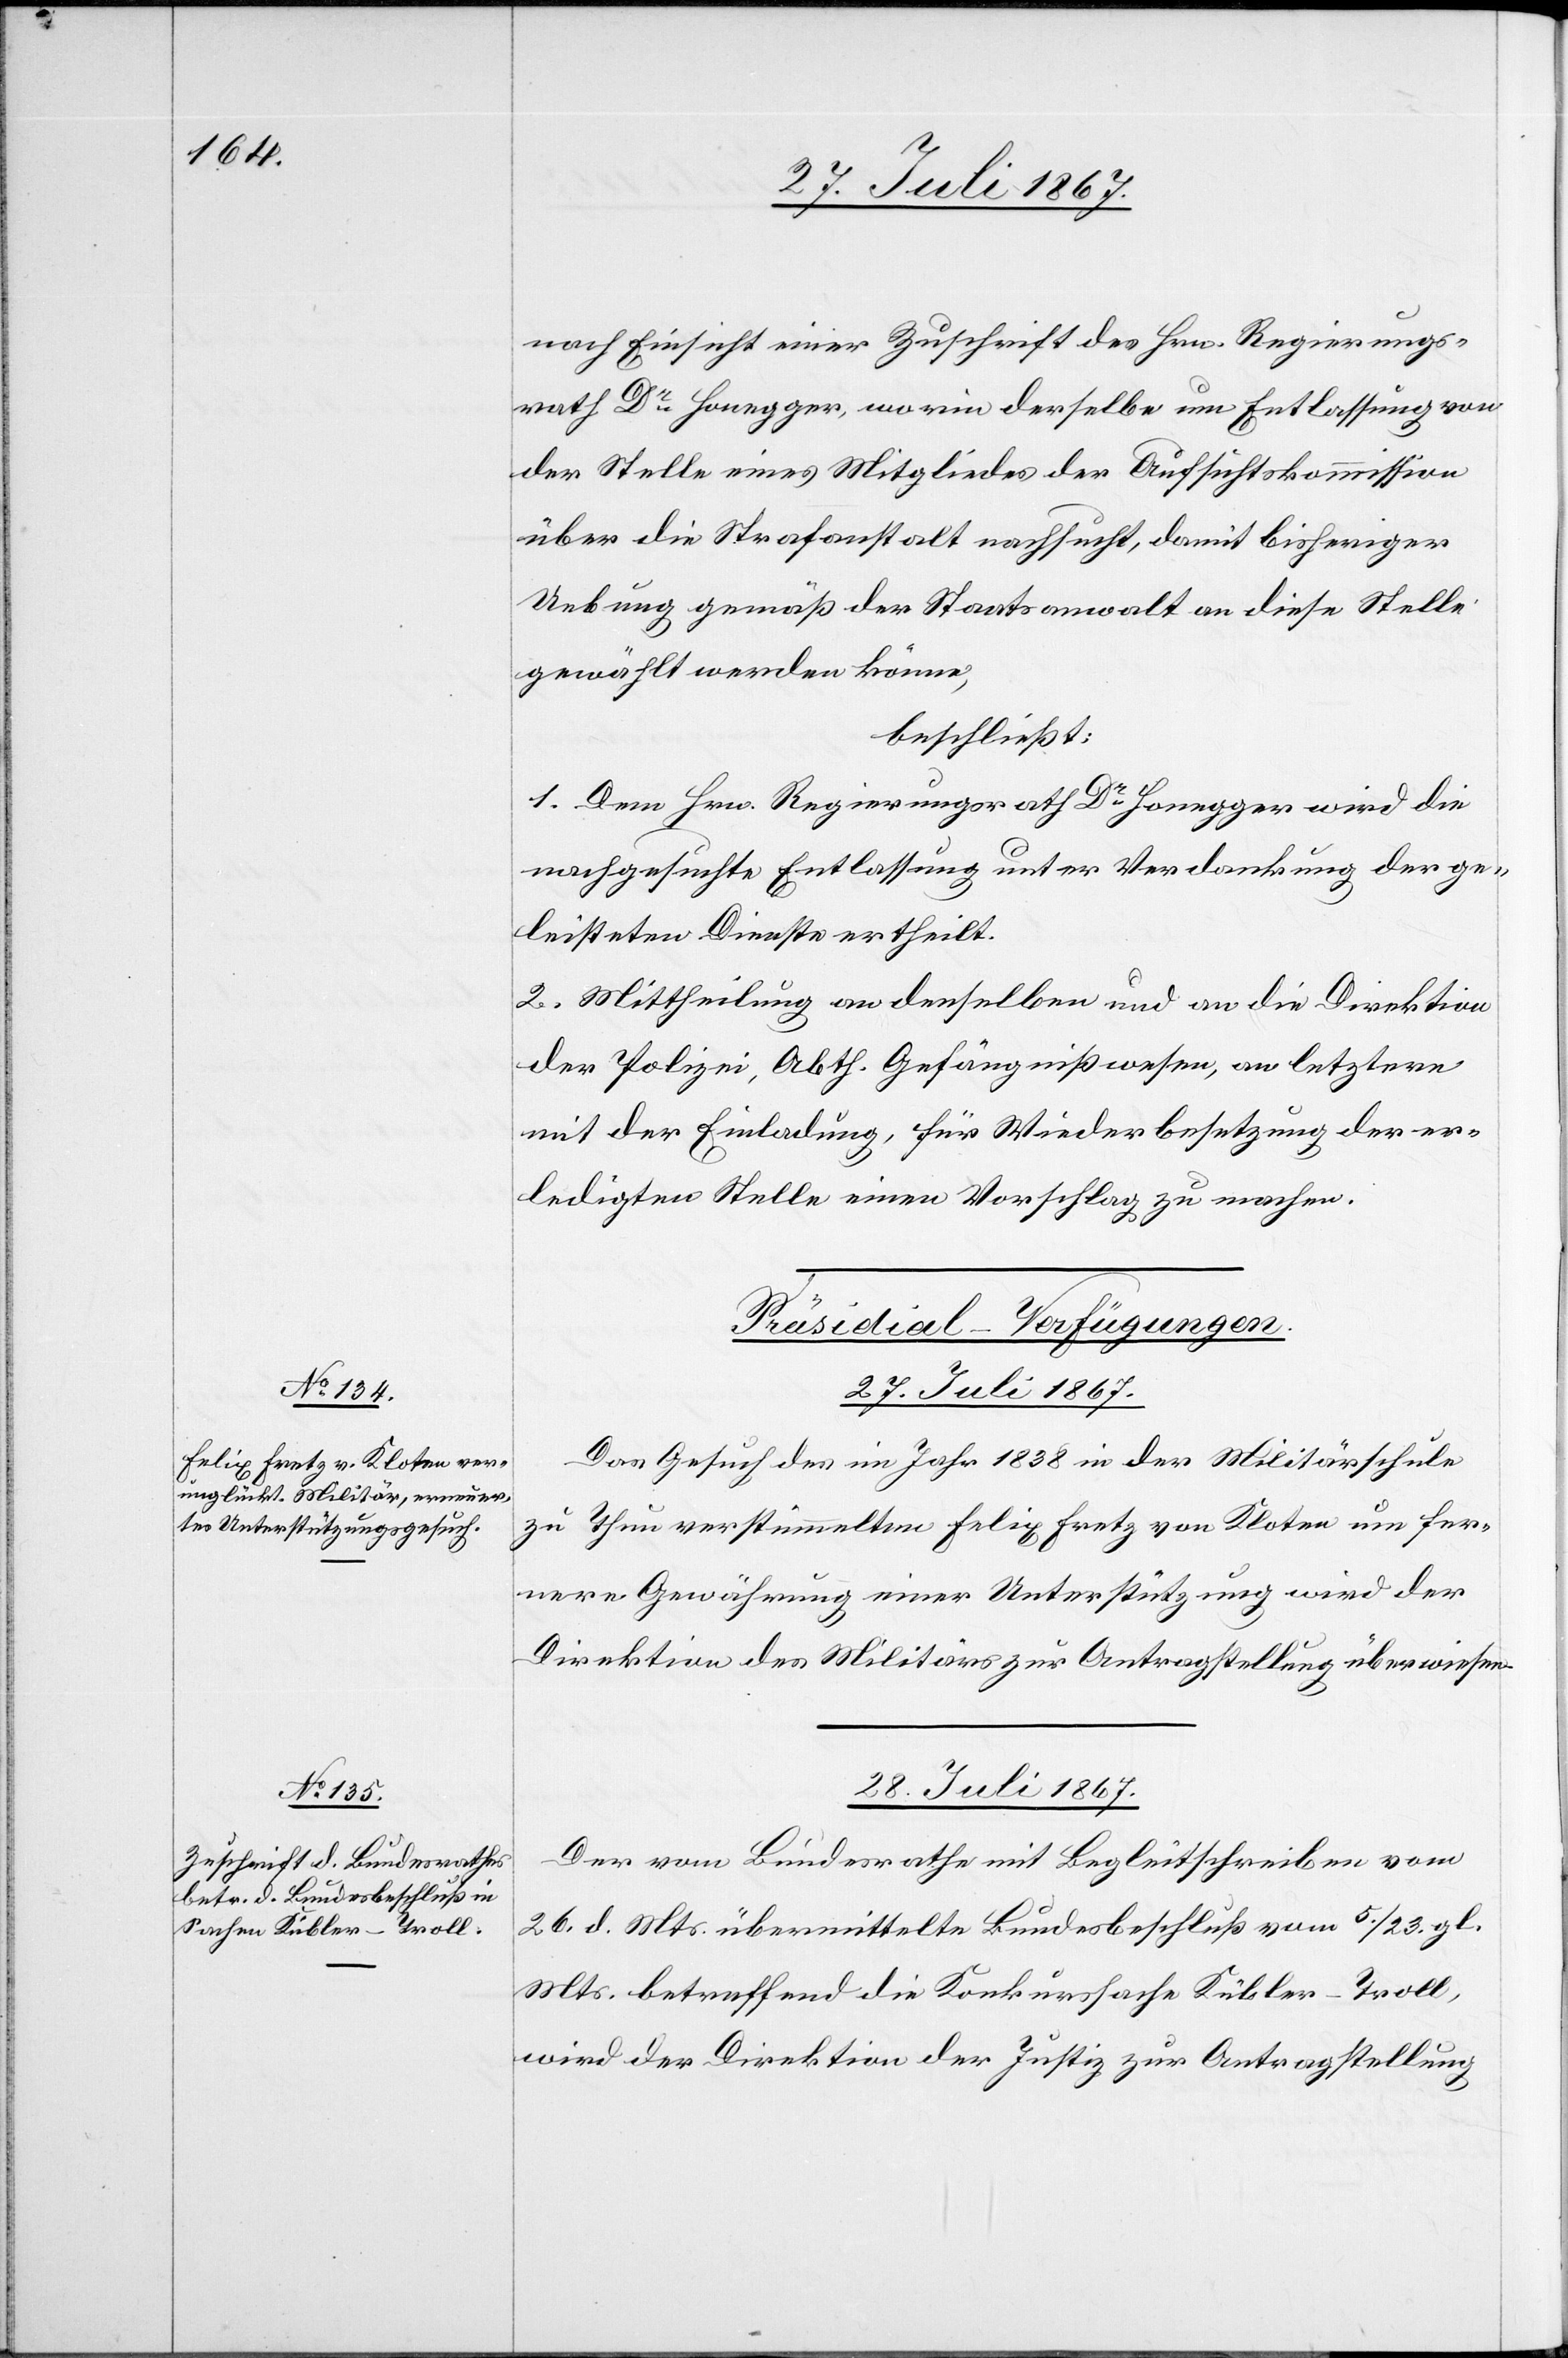
nach Einsicht einer Zuschrift des Hrn. Regierungs¬
rath Dr. Honegger, worin derselbe um Entlassung von
der Stelle eines Mitgliedes der Aufsichtskommission
über die Strafanstalt nachsucht, damit bisheriger
Uebung gemäß der Staatsanwalt an diese Stelle
gewählt werden könne,
beschließt:
1. Dem Hrn. Regierungsrath Dr. Honegger wird die
nachgesuchte Entlassung unter Verdankung der ge¬
leisteten Dienste ertheilt.
2. Mittheilung an denselben und an die Direktion
der Polizei, Abth. Gefängnißwesen, an letztere
mit der Einladung, für Wiederbesetzung der er¬
ledigten Stelle einen Vorschlag zu machen.
[Präsidial-Verfügungen.]
27. Juli 1867.
Das Gesuch des im Jahr 1838 in der Militärschule
zu Thun verstümmelten Felix Fretz von Kloten um fer¬
nere Gewährung einer Unterstützung wird der
Direktion des Militärs zur Antragstellung überwiesen.
28. Juli 1867.
Der vom Bundesrathe mit Begleitschreiben vom
26. d. Mts. übermittelte Bundesbeschluß vom 5./23. gl.
Mts. betreffend die Konkurssache Kübler-Troll,
wird der Direktion der Justiz zur Antragstellung